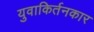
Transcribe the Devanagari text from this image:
युवाकिर्तनकार